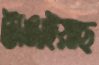
টাঙাইয়াছ